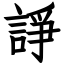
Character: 諍